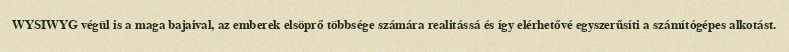
WYSIWYG végül is a maga bajaival, az emberek elsöprő többsége számára realitássá és így elérhetővé egyszerűsíti a számítógépes alkotást.